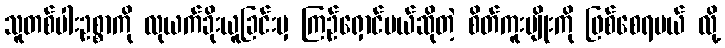
သူတစ်ပါးဥစ္စာကို လုယက်ခိုးယူခြင်းမှ ကြဉ်ရှောင်မယ်ဆိုတဲ့ စိတ်ကူးမျိုးကို ဖြစ်စေရမယ် လို့